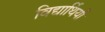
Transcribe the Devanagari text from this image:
विद्यार्थियों